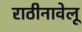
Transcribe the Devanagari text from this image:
राठीनावेलू